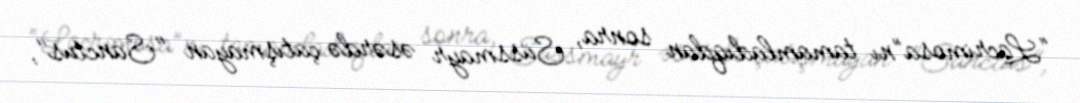
“Lacrimosa”nı tamamladıqdan sonra, Süssmayr əsərdə çatışmayan "Sanctus",